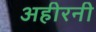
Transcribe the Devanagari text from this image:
अहीरनी